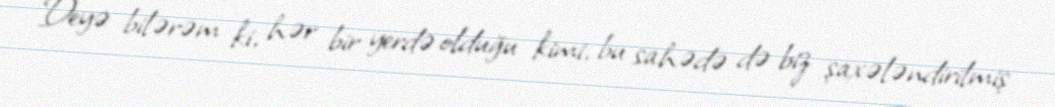
Deyə bilərəm ki, hər bir yerdə olduğu kimi, bu sahədə də biz şaxələndirilmiş